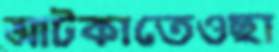
আটকাতেওছা